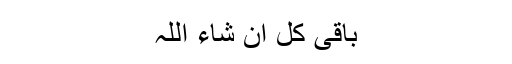
باقی کل ان شاء اللہ